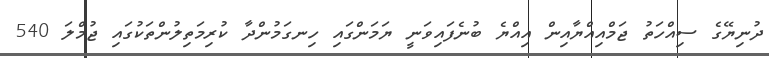
ދުނިޔޭގެ ސިއްހަތު ޖަމްއިއްޔާއިން އިއްޔެ ބުނެފައިވަނީ ޔަމަންގައި ހިނގަމުންދާ ކުރިމަތިލުންތަކުގައި ޖުމްލަ 540